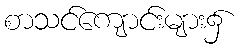
စာသင်ကျောင်းများ၌